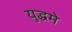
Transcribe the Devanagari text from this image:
युद्धमे